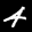
Label: 4